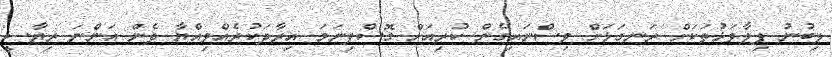
ލިބުނު ފިލާވަޅުތަކަށް ރަނގަޅަށް ވިސްނައިގެން ކުރިއަށް ގޮސްފިނަމަ އިރާދަކުރެއްވިއްޔާ ދެން އަންނަ ރިޔާސީ